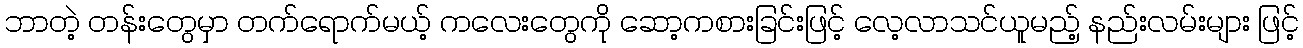
ဘာတဲ့ တန်းတွေမှာ တက်ရောက်မယ့် ကလေးတွေကို ဆော့ကစားခြင်းဖြင့် လေ့လာသင်ယူမည့် နည်းလမ်းများ ဖြင့်